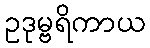
ဥဒုမ္ဗရိကာယ